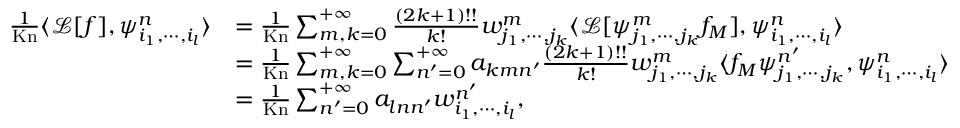
\begin{array} { r l } { \frac { 1 } { \mathrm { K n } } \langle \mathcal { L } [ f ] , \psi _ { i _ { 1 } , \cdots , i _ { l } } ^ { n } \rangle } & { = \frac { 1 } { \mathrm { K n } } \sum _ { m , k = 0 } ^ { + \infty } \frac { ( 2 k + 1 ) ! ! } { k ! } w _ { j _ { 1 } , \cdots , j _ { k } } ^ { m } \langle \mathcal { L } [ \psi _ { j _ { 1 } , \cdots , j _ { k } } ^ { m } f _ { M } ] , \psi _ { i _ { 1 } , \cdots , i _ { l } } ^ { n } \rangle } \\ & { = \frac { 1 } { \mathrm { K n } } \sum _ { m , k = 0 } ^ { + \infty } \sum _ { n ^ { \prime } = 0 } ^ { + \infty } a _ { k m n ^ { \prime } } \frac { ( 2 k + 1 ) ! ! } { k ! } w _ { j _ { 1 } , \cdots , j _ { k } } ^ { m } \langle f _ { M } \psi _ { j _ { 1 } , \cdots , j _ { k } } ^ { n ^ { \prime } } , \psi _ { i _ { 1 } , \cdots , i _ { l } } ^ { n } \rangle } \\ & { = \frac { 1 } { \mathrm { K n } } \sum _ { n ^ { \prime } = 0 } ^ { + \infty } a _ { l n n ^ { \prime } } w _ { i _ { 1 } , \cdots , i _ { l } } ^ { n ^ { \prime } } , } \end{array}